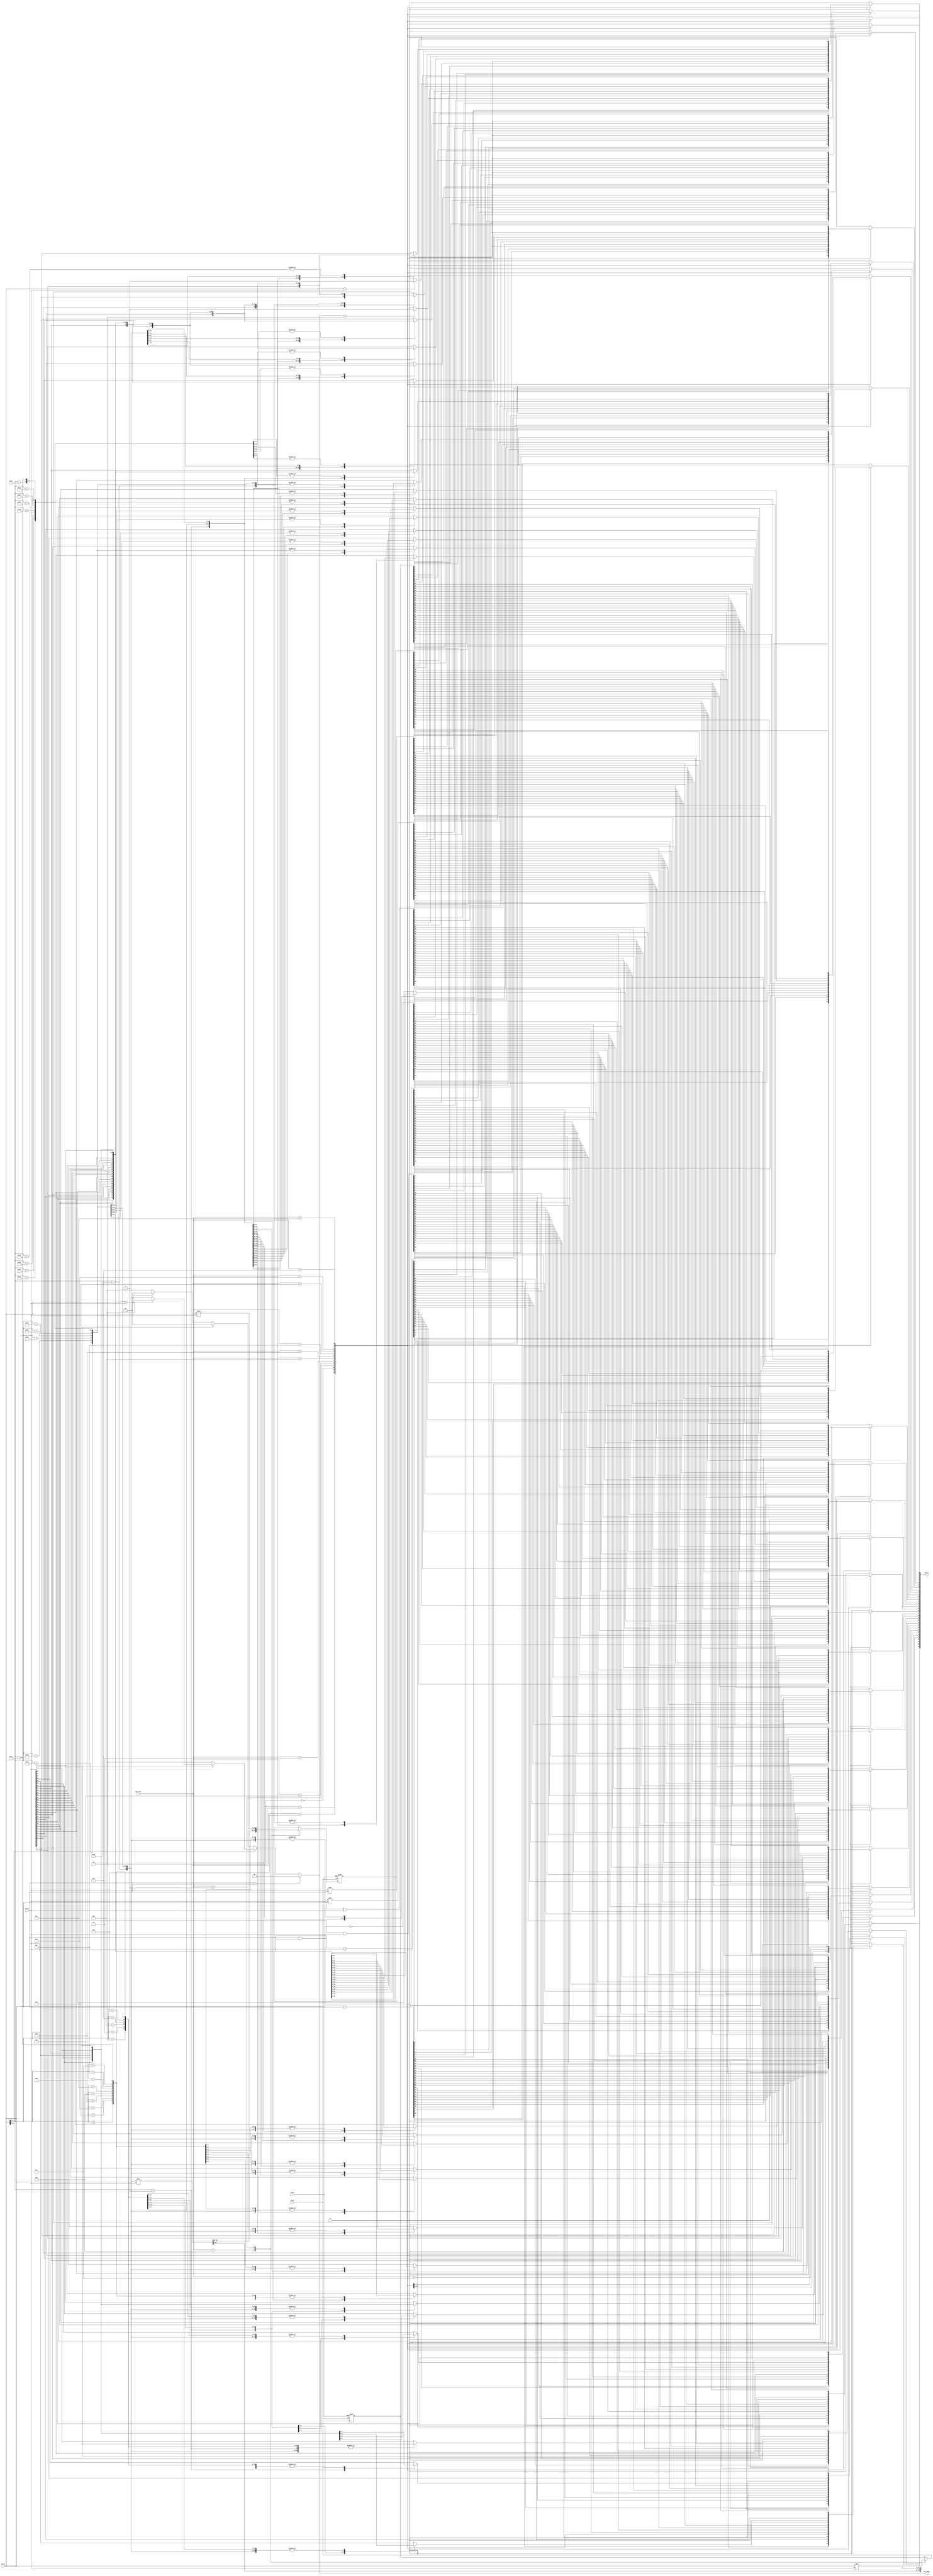
/*********/
/* alu.v */
/*********/

//                  +----+
//     alu_a[31:0]->|    |
//     alu_b[31:0]->|    |->alu_y[31:0]
//   alu_ctrl[3:0]->|    |->alu_comp[1:0]
//                  +----+

// 
// lw(load word)
// sw(store word)
// add
// addu
// addi
// addiu
// sub
// and
// andi
// or
// ori
// slt(set on less than)
// beq(branch on equal)
// bne(branch not on equal)
// bgez(branch on greater than or equal to zero)
// blez(branch on less than or equal to zero)
// bgtz(branch on greater than zero)
// bltz(branch on less than zero)
// bgezal(branch on greater than or equal to zero and link)
// bltzal(branch on less than or equal to zero and link)
// j(jump)
// jal(jump and link)
// jalr(jump and link register)
// jr(jump register)
// sll(shift left logic)
// srl(shift right logic)
// sllv(shift left logic variable)
// srlv(shift right logic variable)
// sra(shift right arithmetic)
// srav(shift right arithmetic variable)
// lui(load upper immediate)

//  9 (1)
// mult(multiply)
// mflo(move from Lo)


// alu_ctrl[3:0], 
// 0010,           add
// 0110,           sub
// 0000,           and
// 0001,           or
// 0111,           slt
// 0011,           nor
// 0100,           xor
// 1010,           sll
// 1110,           srl
// 1000,           sra
// 1001,           sltu
// 1111,           lui

//  9 (2)
// 1011,           mult
// 1100,           mflo


// ALU 
`define     ALU_ADD  4'b0010
`define     ALU_SUB  4'b0110
`define     ALU_AND  4'b0000
`define      ALU_OR  4'b0001
`define     ALU_SLT  4'b0111
`define     ALU_NOR  4'b0011
`define     ALU_XOR  4'b0100
`define     ALU_SLL  4'b1010
`define     ALU_SRL  4'b1110
`define     ALU_SRA  4'b1000
`define     ALU_SLTU 4'b1001
`define     ALU_LUI  4'b1111

//  9 mult, mflo  ALU  define
`define     ALU_MULT 4'b1011
`define     ALU_MFLO 4'b1100

`define     ALU_DIVU 4'b0001
`define     ALU_MFHI 4'b0101

//  9 ALU 
//    clock, reset  hi  lo 
module alu (clock, reset, alu_a, alu_b, alu_ctrl, alu_y, alu_comp);  //
  input  [31:0] alu_a;           //  32-bit      a
  input  [31:0] alu_b;           //  32-bit      b
  input   [3:0] alu_ctrl;        //   4-bit   ALU 

  output [31:0]  alu_y;          //  32-bit      y
  output  [1:0]  alu_comp;       //   2-bit  

  reg    [31:0] result;
  reg     [1:0]   comp;

  //  9 mult  alu_a * alu_b  {hi, lo}
  input clock, reset;   // ,
  reg    [31:0] hi;              //
  reg    [31:0] lo;              //
  always @(posedge clock or negedge reset) begin
    if (reset == 1'b0) begin
      hi <= 32'h00000000;
      lo <= 32'h00000000;
    end else begin
      case (alu_ctrl)
        `ALU_MULT: begin
          {hi, lo} <= alu_a * alu_b;
        end
        `ALU_DIVU: begin
          hi <= alu_a % alu_b;
          lo <= alu_a / alu_b;
      //{hi, lo} <= (alu_ctrl == `ALU_MULT) ? alu_a * alu_b : {hi, lo};
        end
      endcase
    end
  end





  always @(alu_a or alu_b or alu_ctrl or comp) begin
    case (alu_ctrl)
      `ALU_ADD: begin
        result <= alu_a + alu_b;
      end
      `ALU_SUB: begin
        result <= alu_a - alu_b;
      end
      `ALU_AND: begin
        result <= alu_a & alu_b;
      end
      `ALU_OR: begin
        result <= alu_a | alu_b;
      end
      `ALU_SLT: begin
        result <= (comp == 2'b10) ? 32'h00000001 : 32'h00000000;
      end
      `ALU_NOR: begin
        result <= ~(alu_a | alu_b);
      end
      `ALU_XOR: begin
        result <= alu_a ^ alu_b;
      end
      `ALU_SLL: begin
        result <= alu_b << alu_a;
      end
      `ALU_SRL: begin
        result <= alu_b >> alu_a;
      end
      `ALU_SRA: begin
        case (alu_a[4:0])
          // default:
          // 5'b00000: begin
          //  result <= alu_b;
          // end
          5'b00001: begin
            result[31]   <= alu_b[31];
            result[30:0] <= alu_b[31:1];
          end
          5'b00010: begin
            result[31:30]   <= {alu_b[31], alu_b[31]};
            result[29:0] <= alu_b[31:2];
          end
          5'b00011: begin
            result[31:29]   <= {alu_b[31], alu_b[31], alu_b[31]};
            result[28:0] <= alu_b[31:3];
          end
          5'b00100: begin
            result[31:28]   <= {alu_b[31], alu_b[31], alu_b[31], alu_b[31]};
            result[27:0] <= alu_b[31:4];
          end
          5'b00101: begin
            result[31:27]   <= {alu_b[31], alu_b[31], alu_b[31], alu_b[31],
                                alu_b[31]};
            result[26:0] <= alu_b[31:5];
          end
          5'b00110: begin
            result[31:26]   <= {alu_b[31], alu_b[31], alu_b[31], alu_b[31],
                                alu_b[31], alu_b[31]};
            result[25:0] <= alu_b[31:6];
          end
          5'b00111: begin
            result[31:25]   <= {alu_b[31], alu_b[31], alu_b[31], alu_b[31],
                                alu_b[31], alu_b[31], alu_b[31]};
            result[24:0] <= alu_b[31:7];
          end
          5'b01000: begin
            result[31:24]   <= {alu_b[31], alu_b[31], alu_b[31], alu_b[31],
                                alu_b[31], alu_b[31], alu_b[31], alu_b[31]};
            result[23:0] <= alu_b[31:8];
          end
          5'b01001: begin
            result[31:23]   <= {alu_b[31], alu_b[31], alu_b[31], alu_b[31],
                                alu_b[31], alu_b[31], alu_b[31], alu_b[31],
                                alu_b[31]};
            result[22:0] <= alu_b[31:9];
          end
          5'b01010: begin
            result[31:22]   <= {alu_b[31], alu_b[31], alu_b[31], alu_b[31],
                                alu_b[31], alu_b[31], alu_b[31], alu_b[31],
                                alu_b[31], alu_b[31]};
            result[21:0] <= alu_b[31:10];
          end
          5'b01011: begin
            result[31:21]   <= {alu_b[31], alu_b[31], alu_b[31], alu_b[31],
                                alu_b[31], alu_b[31], alu_b[31], alu_b[31],
                                alu_b[31], alu_b[31], alu_b[31]};
            result[20:0] <= alu_b[31:11];
          end
          5'b01100: begin
            result[31:20]   <= {alu_b[31], alu_b[31], alu_b[31], alu_b[31],
                                alu_b[31], alu_b[31], alu_b[31], alu_b[31],
                                alu_b[31], alu_b[31], alu_b[31], alu_b[31]};
            result[19:0] <= alu_b[31:12];
          end
          5'b01101: begin
            result[31:19]   <= {alu_b[31], alu_b[31], alu_b[31], alu_b[31],
                                alu_b[31], alu_b[31], alu_b[31], alu_b[31],
                                alu_b[31], alu_b[31], alu_b[31], alu_b[31],
                                alu_b[31]};
            result[18:0] <= alu_b[31:13];
          end
          5'b01110: begin
            result[31:18]   <= {alu_b[31], alu_b[31], alu_b[31], alu_b[31],
                                alu_b[31], alu_b[31], alu_b[31], alu_b[31],
                                alu_b[31], alu_b[31], alu_b[31], alu_b[31],
                                alu_b[31], alu_b[31]};
            result[17:0] <= alu_b[31:14];
          end
          5'b01111: begin
            result[31:17]   <= {alu_b[31], alu_b[31], alu_b[31], alu_b[31],
                                alu_b[31], alu_b[31], alu_b[31], alu_b[31],
                                alu_b[31], alu_b[31], alu_b[31], alu_b[31],
                                alu_b[31], alu_b[31], alu_b[31]};
            result[16:0] <= alu_b[31:15];
          end
          5'b10000: begin
            result[31:16]   <= {alu_b[31], alu_b[31], alu_b[31], alu_b[31],
                                alu_b[31], alu_b[31], alu_b[31], alu_b[31],
                                alu_b[31], alu_b[31], alu_b[31], alu_b[31],
                                alu_b[31], alu_b[31], alu_b[31], alu_b[31]};
            result[15:0] <= alu_b[31:16];
          end
          5'b10001: begin
            result[31:15]   <= {alu_b[31], alu_b[31], alu_b[31], alu_b[31],
                                alu_b[31], alu_b[31], alu_b[31], alu_b[31],
                                alu_b[31], alu_b[31], alu_b[31], alu_b[31],
                                alu_b[31], alu_b[31], alu_b[31], alu_b[31],
                                alu_b[31]};
            result[14:0] <= alu_b[31:17];
          end
          5'b10010: begin
            result[31:14]   <= {alu_b[31], alu_b[31], alu_b[31], alu_b[31],
                                alu_b[31], alu_b[31], alu_b[31], alu_b[31],
                                alu_b[31], alu_b[31], alu_b[31], alu_b[31],
                                alu_b[31], alu_b[31], alu_b[31], alu_b[31],
                                alu_b[31], alu_b[31]};
            result[13:0] <= alu_b[31:18];
          end
          5'b10011: begin
            result[31:13]   <= {alu_b[31], alu_b[31], alu_b[31], alu_b[31],
                                alu_b[31], alu_b[31], alu_b[31], alu_b[31],
                                alu_b[31], alu_b[31], alu_b[31], alu_b[31],
                                alu_b[31], alu_b[31], alu_b[31], alu_b[31],
                                alu_b[31], alu_b[31], alu_b[31]};
            result[12:0] <= alu_b[31:19];
          end
          5'b10100: begin
            result[31:12]   <= {alu_b[31], alu_b[31], alu_b[31], alu_b[31],
                                alu_b[31], alu_b[31], alu_b[31], alu_b[31],
                                alu_b[31], alu_b[31], alu_b[31], alu_b[31],
                                alu_b[31], alu_b[31], alu_b[31], alu_b[31],
                                alu_b[31], alu_b[31], alu_b[31], alu_b[31]};
            result[11:0] <= alu_b[31:20];
          end
          5'b10101: begin
            result[31:11]   <= {alu_b[31], alu_b[31], alu_b[31], alu_b[31],
                                alu_b[31], alu_b[31], alu_b[31], alu_b[31],
                                alu_b[31], alu_b[31], alu_b[31], alu_b[31],
                                alu_b[31], alu_b[31], alu_b[31], alu_b[31],
                                alu_b[31], alu_b[31], alu_b[31], alu_b[31],
                                alu_b[31]};
            result[10:0] <= alu_b[31:21];
          end
          5'b10110: begin
            result[31:10]   <= {alu_b[31], alu_b[31], alu_b[31], alu_b[31],
                                alu_b[31], alu_b[31], alu_b[31], alu_b[31],
                                alu_b[31], alu_b[31], alu_b[31], alu_b[31],
                                alu_b[31], alu_b[31], alu_b[31], alu_b[31],
                                alu_b[31], alu_b[31], alu_b[31], alu_b[31],
                                alu_b[31], alu_b[31]};
            result[9:0] <= alu_b[31:22];
          end
          5'b10111: begin
            result[31:9]   <= {alu_b[31], alu_b[31], alu_b[31], alu_b[31],
                                alu_b[31], alu_b[31], alu_b[31], alu_b[31],
                                alu_b[31], alu_b[31], alu_b[31], alu_b[31],
                                alu_b[31], alu_b[31], alu_b[31], alu_b[31],
                                alu_b[31], alu_b[31], alu_b[31], alu_b[31],
                                alu_b[31], alu_b[31], alu_b[31]};
            result[8:0] <= alu_b[31:23];
          end
          5'b11000: begin
            result[31:8]   <= {alu_b[31], alu_b[31], alu_b[31], alu_b[31],
                                alu_b[31], alu_b[31], alu_b[31], alu_b[31],
                                alu_b[31], alu_b[31], alu_b[31], alu_b[31],
                                alu_b[31], alu_b[31], alu_b[31], alu_b[31],
                                alu_b[31], alu_b[31], alu_b[31], alu_b[31],
                                alu_b[31], alu_b[31], alu_b[31], alu_b[31]};
            result[7:0] <= alu_b[31:24];
          end
          5'b11001: begin
            result[31:7]   <= {alu_b[31], alu_b[31], alu_b[31], alu_b[31],
                                alu_b[31], alu_b[31], alu_b[31], alu_b[31],
                                alu_b[31], alu_b[31], alu_b[31], alu_b[31],
                                alu_b[31], alu_b[31], alu_b[31], alu_b[31],
                                alu_b[31], alu_b[31], alu_b[31], alu_b[31],
                                alu_b[31], alu_b[31], alu_b[31], alu_b[31],
                                alu_b[31]};
            result[6:0] <= alu_b[31:25];
          end
          5'b11010: begin
            result[31:6]   <= {alu_b[31], alu_b[31], alu_b[31], alu_b[31],
                                alu_b[31], alu_b[31], alu_b[31], alu_b[31],
                                alu_b[31], alu_b[31], alu_b[31], alu_b[31],
                                alu_b[31], alu_b[31], alu_b[31], alu_b[31],
                                alu_b[31], alu_b[31], alu_b[31], alu_b[31],
                                alu_b[31], alu_b[31], alu_b[31], alu_b[31],
                                alu_b[31], alu_b[31]};
            result[5:0] <= alu_b[31:26];
          end
          5'b11011: begin
            result[31:5]   <= {alu_b[31], alu_b[31], alu_b[31], alu_b[31],
                                alu_b[31], alu_b[31], alu_b[31], alu_b[31],
                                alu_b[31], alu_b[31], alu_b[31], alu_b[31],
                                alu_b[31], alu_b[31], alu_b[31], alu_b[31],
                                alu_b[31], alu_b[31], alu_b[31], alu_b[31],
                                alu_b[31], alu_b[31], alu_b[31], alu_b[31],
                                alu_b[31], alu_b[31], alu_b[31]};
            result[4:0] <= alu_b[31:27];
          end
          5'b11100: begin
            result[31:4]   <= {alu_b[31], alu_b[31], alu_b[31], alu_b[31],
                                alu_b[31], alu_b[31], alu_b[31], alu_b[31],
                                alu_b[31], alu_b[31], alu_b[31], alu_b[31],
                                alu_b[31], alu_b[31], alu_b[31], alu_b[31],
                                alu_b[31], alu_b[31], alu_b[31], alu_b[31],
                                alu_b[31], alu_b[31], alu_b[31], alu_b[31],
                                alu_b[31], alu_b[31], alu_b[31], alu_b[31]};
            result[3:0] <= alu_b[31:28];
          end
          5'b11101: begin
            result[31:3]   <= {alu_b[31], alu_b[31], alu_b[31], alu_b[31],
                                alu_b[31], alu_b[31], alu_b[31], alu_b[31],
                                alu_b[31], alu_b[31], alu_b[31], alu_b[31],
                                alu_b[31], alu_b[31], alu_b[31], alu_b[31],
                                alu_b[31], alu_b[31], alu_b[31], alu_b[31],
                                alu_b[31], alu_b[31], alu_b[31], alu_b[31],
                                alu_b[31], alu_b[31], alu_b[31], alu_b[31],
                                alu_b[31]};
            result[2:0] <= alu_b[31:29];
          end
          5'b11110: begin
            result[31:2]   <= {alu_b[31], alu_b[31], alu_b[31], alu_b[31],
                                alu_b[31], alu_b[31], alu_b[31], alu_b[31],
                                alu_b[31], alu_b[31], alu_b[31], alu_b[31],
                                alu_b[31], alu_b[31], alu_b[31], alu_b[31],
                                alu_b[31], alu_b[31], alu_b[31], alu_b[31],
                                alu_b[31], alu_b[31], alu_b[31], alu_b[31],
                                alu_b[31], alu_b[31], alu_b[31], alu_b[31],
                                alu_b[31], alu_b[31]};
            result[1:0] <= alu_b[31:30];
          end
          5'b11111: begin
            result[31:1]   <= {alu_b[31], alu_b[31], alu_b[31], alu_b[31],
                                alu_b[31], alu_b[31], alu_b[31], alu_b[31],
                                alu_b[31], alu_b[31], alu_b[31], alu_b[31],
                                alu_b[31], alu_b[31], alu_b[31], alu_b[31],
                                alu_b[31], alu_b[31], alu_b[31], alu_b[31],
                                alu_b[31], alu_b[31], alu_b[31], alu_b[31],
                                alu_b[31], alu_b[31], alu_b[31], alu_b[31],
                                alu_b[31], alu_b[31], alu_b[31]};
            result[0] <= alu_b[31];
          end
          default: begin
            result <= alu_b;
          end
        endcase
      end
      `ALU_SLTU: begin
        result <= (alu_a < alu_b) ? 32'h00000001 : 32'h00000000;
      end
      `ALU_LUI: begin
        result <= alu_b << 16;
      end

//  9 mflo  {hi, lo}  lo  result 
      `ALU_MFLO: begin
        result <= lo;
      end

      `ALU_MFHI: begin
        result <= hi;
      end

      default: begin
        result <= 0;
      end
    endcase
  end

  always @(alu_a or alu_b) begin
    if (alu_a == alu_b) begin
       comp <= 2'b00;
    end else begin
      if (alu_a[31] == 0) begin
        if (alu_b[31] == 0) begin  // alu_a,alu_b 
          if (alu_a > alu_b) begin
            comp <= 2'b01;
          end else begin
            comp <= 2'b10;  // alu_a < alu_b
          end
        end else begin     // alu_a > 0  alu_b < 0 
          comp <= 2'b01;
        end     
      end else begin
        if (alu_b[31] == 0) begin  // alu_a < 0  alu_b > 0
          comp <= 2'b10;
        end else begin             // alu_a,alu_b 
          if (alu_a > alu_b) begin
            comp <= 2'b10;
          end else begin   
            comp <= 2'b01;
          end
        end 
      end
    end
  end

  assign alu_y = result;
  assign alu_comp = comp;
endmodule